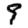
Digit: 9